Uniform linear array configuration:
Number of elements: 16
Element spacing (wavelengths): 1
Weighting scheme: kaiser
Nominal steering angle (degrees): -60
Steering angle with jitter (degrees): -59.906
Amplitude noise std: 0.05
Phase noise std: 0.05

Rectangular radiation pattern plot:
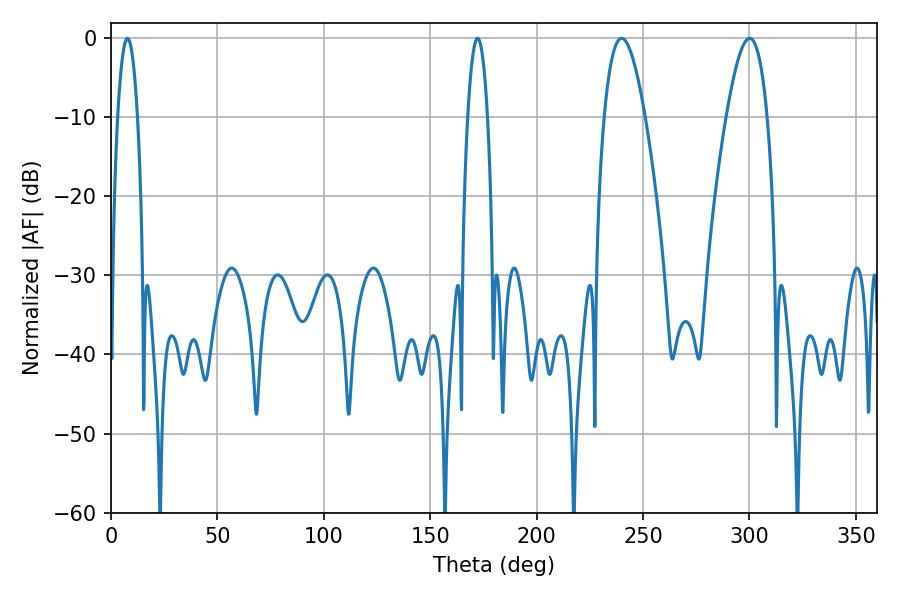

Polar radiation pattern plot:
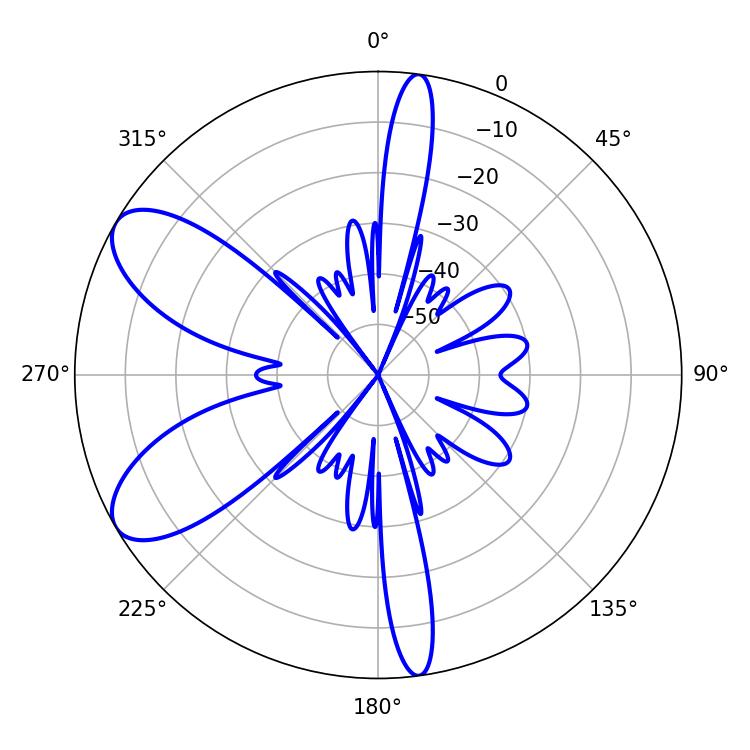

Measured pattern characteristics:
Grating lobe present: TRUE
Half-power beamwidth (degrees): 5.04
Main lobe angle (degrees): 7.74